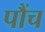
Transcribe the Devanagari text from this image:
पौंच